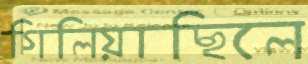
গিলিয়াছিলে